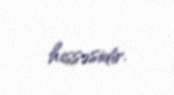
hissəsidir.